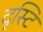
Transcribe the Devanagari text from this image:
दृस्टि